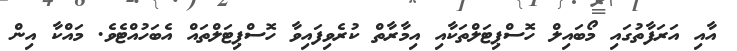
އާއި އަރަފާތުގައި މޯބައިލް ހޮސްޕިޓަލްތަކާއި އިމާރާތް ކުރެވިފައިވާ ހޮސްޕިޓަލްތައް އެބަހުއްޓެވެ. މައްކާ އިން